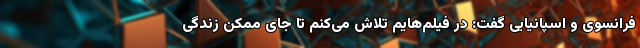
فرانسوی و اسپانیایی گفت: در فیلم‌هایم تلاش می‌کنم تا جای ممکن زندگی